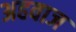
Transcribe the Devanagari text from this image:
अहवाज